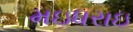
મઇધરાઇ